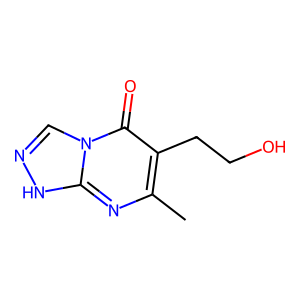
SMILES: Cc1nc2[nH]ncn2c(=O)c1CCO
Inhibits HIV replication: No